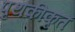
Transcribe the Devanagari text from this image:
पृथकीकृत